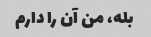
بله، من آن را دارم